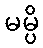
မမ္ပိ